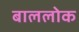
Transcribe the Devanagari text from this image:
बाललोक